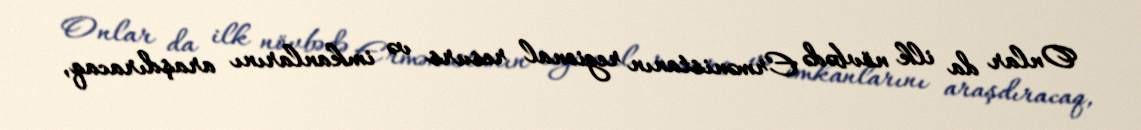
Onlar da ilk növbədə Ermənistanın regional resurs və imkanlarını araşdıracaq,